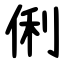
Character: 俐